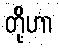
တို့ဟာ